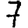
Digit: 7